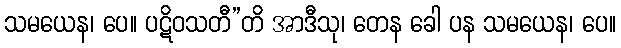
သမယေန၊ ပေ။ ပဋိဝသတီ”တိ အာဒီသု၊ တေန ခေါ ပန သမယေန၊ ပေ။